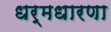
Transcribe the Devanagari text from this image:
धर्मधारणा